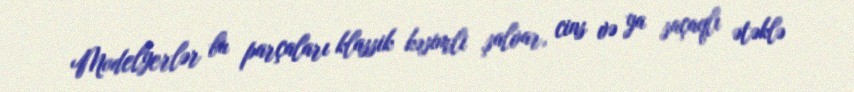
Modelyerlər bu parçaları klassik kəsimli şalvar, cins və ya saçaqlı ətəklə